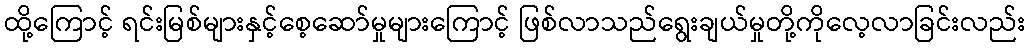
ထို့ကြောင့် ရင်းမြစ်များနှင့်စေ့ဆော်မှုများကြောင့် ဖြစ်လာသည်ရွေးချယ်မှုတို့ကိုလေ့လာခြင်းလည်း